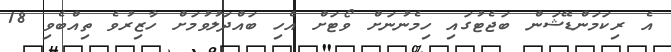
އެ ރިކަމަންޑޭޝަން ބަޖެޓުގައި ހިމެނުނަށް ވޯޓަށް އެހި ބައްދަލުވުމަށް ހާޒިރުވެ ތިއްބެވި 18